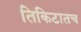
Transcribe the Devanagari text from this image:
तिकिटातच